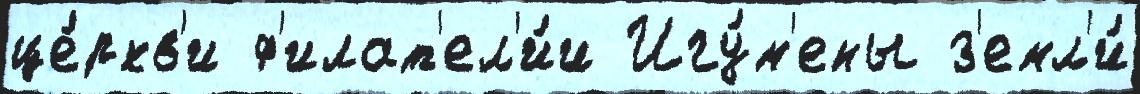
це́ркв'и ф'илат'ел'и́и Игу́м'ены з'емл'и́